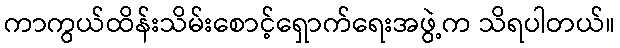
ကာကွယ်ထိန်းသိမ်းစောင့်ရှောက်ရေးအဖွဲ့က သိရပါတယ်။